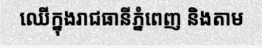
ឈើក្នុងរាជធានីភ្នំពេញ និងតាម